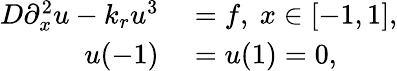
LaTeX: \begin{array}{rl}{D\partial_{x}^{2}u-k_{r}u^{3}}&{{}=f,~x\in[-1,1],}\\ {u(-1)}&{{}=u(1)=0,}\end{array}